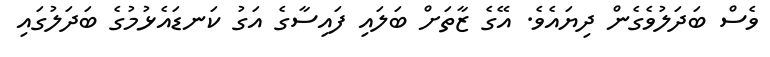
ވެސް ބަދަލުވެގެން ދިޔައެވެ. އޭގެ ޒާތަށް ބަލައި ފައިސާގެ އަގު ކަނޑައެޅުމުގެ ބަދަލުގައި